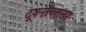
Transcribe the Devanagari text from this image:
दूषनोल्लासा।